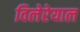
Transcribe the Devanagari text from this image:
विलेरेयाल